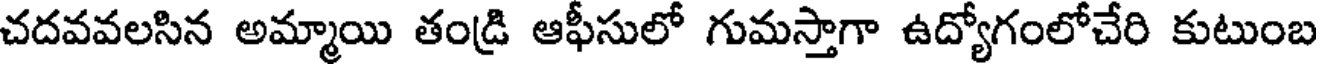
చదవవలసిన అమ్మాయి తండ్రి ఆఫీసులో గుమస్తాగా ఉద్యోగంలోచేరి కుటుంబ